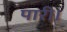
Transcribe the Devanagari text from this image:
पारी।